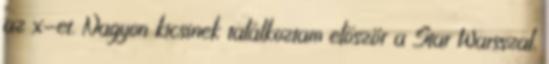
az x-et. Nagyon kicsinek találkoztam először a Star Warsszal,